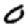
Digit: 0